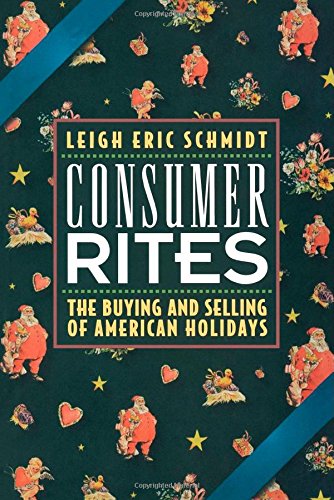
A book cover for Consumer Rites: The Buying and Selling of American Holidays; Leigh Eric Schmidt; Politics & Social Sciences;